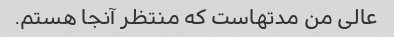
عالی من مدتهاست که منتظر آنجا هستم.